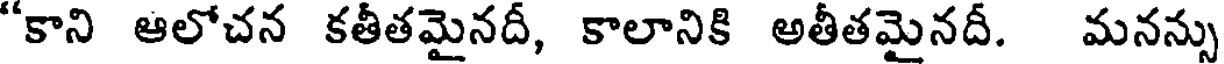
"కాని ఆలోచన కతీతమైనదీ, కాలానికి అతీతమైనదీ. మనన్సు